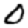
Digit: 0